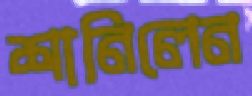
শানিলেন